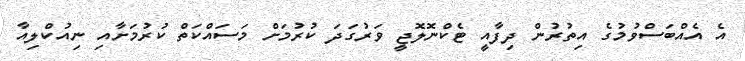
އެ އެއްބަސްވުމުގެ އިތުރުން ދިފާއީ ޓެކްނޮލޮޖީ ވަރުގަދަ ކުރުމަށް މަސައްކަތް ކުރުމަށާއި ނިއުކްލިއާ